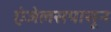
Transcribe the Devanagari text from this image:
एंजेलसपासून